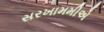
સરખામમીએ